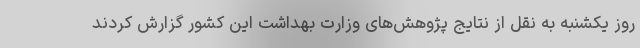
روز یکشنبه به نقل از نتایج پژوهش‌های وزارت بهداشت این کشور گزارش کردند